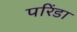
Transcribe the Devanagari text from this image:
परिंडा